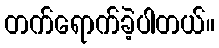
တက်ရောက်ခဲ့ပါတယ်။